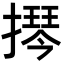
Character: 𫾂